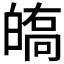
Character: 𤾘